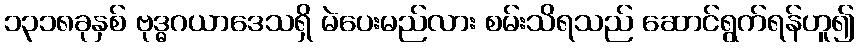
၁၃၁၈ခုနှစ် ဗုဒ္ဓဂယာဒေသရှိ မဲပေးမည်လား စမ်းသိရသည် ဆောင်ရွက်ရန်ဟူ၍